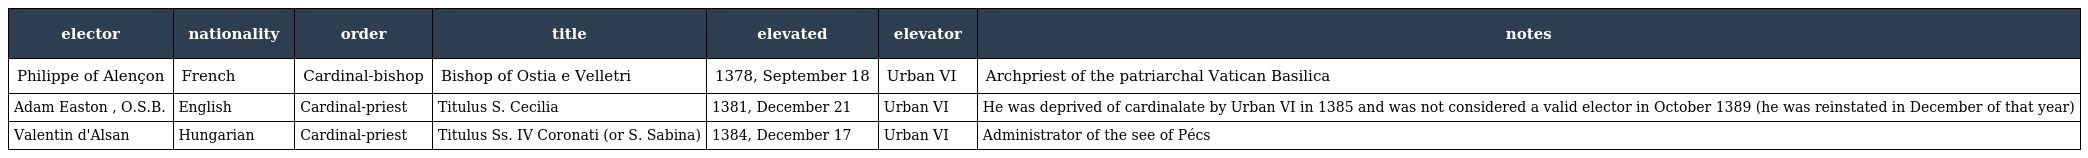
| elector | nationality | order | title | elevated | elevator | notes |
 | --- | --- | --- | --- | --- | --- | --- |
 | Philippe of Alençon | French | Cardinal-bishop | Bishop of Ostia e Velletri | 1378, September 18 | Urban VI | Archpriest of the patriarchal Vatican Basilica |
 | Adam Easton , O.S.B. | English | Cardinal-priest | Titulus S. Cecilia | 1381, December 21 | Urban VI | He was deprived of cardinalate by Urban VI in 1385 and was not considered a valid elector in October 1389 (he was reinstated in December of that year) |
 | Valentin d'Alsan | Hungarian | Cardinal-priest | Titulus Ss. IV Coronati (or S. Sabina) | 1384, December 17 | Urban VI | Administrator of the see of Pécs |